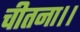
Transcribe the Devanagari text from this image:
चीतना।।